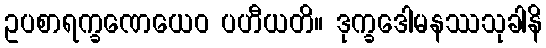
ဥပစာရက္ခဏေယေဝ ပဟီယတိ။ ဒုက္ခဒေါမနဿသုခါနိ